Scottish Leaving Certificate Examination, 1953
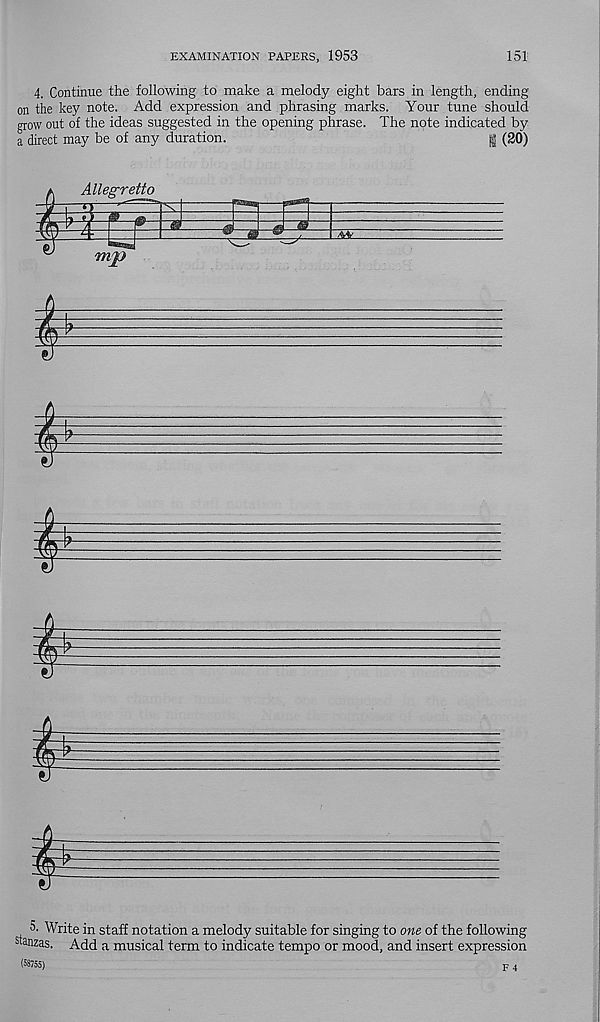
EXAMINATION PAPERS, 1953
151
4. Continue the following to make a melody eight bars in length, ending
on the key note. Add expression and phrasing marks. Your tune should
grow out of the ideas suggested in the opening phrase. The note indicated by
a direct may be of any duration.
g (20)
Allegretto
3 .4^
mp
5. Write in staff notation a melody suitable for singing to one of the following
Lanzas. Add a musical term to indicate tempo or mood, and insert expression
(58755)
F 4